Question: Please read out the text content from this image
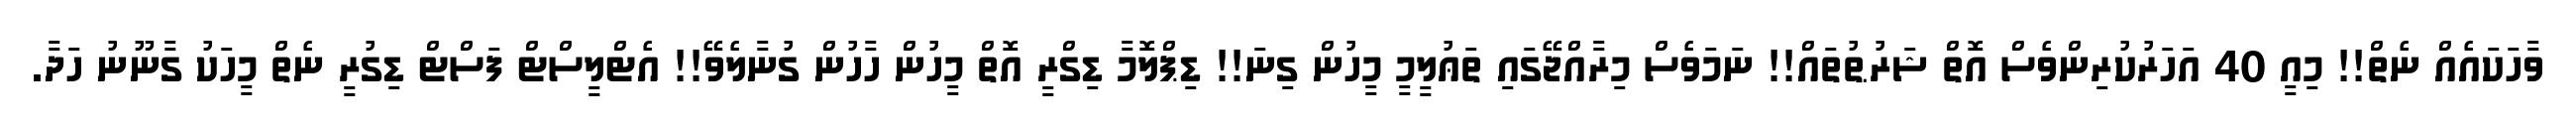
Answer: ވާހަކައެއް ނެތް!! މިއީ 40 އަހަރުކުރިންވެސް އޮތް ޝަރުޠުތައް!! ނަމަވެސް މިރާއްޖޭގައި ތަޢުލީމީ މީހުން ގިނަ!! ޑިޕްލޮމާ ޑިގްރީ އޮތް މީހުން ހާހުން ގުނާލެވޭ!! އެޓްލީސްޓް ފަސްޓް ޑިގުރީ ނެތް މީހަކު ގާނޫނު ހަދާ.